Report of the Indian Hemp Drugs Commission, 1894-1895 - Volume V
Year: 1894
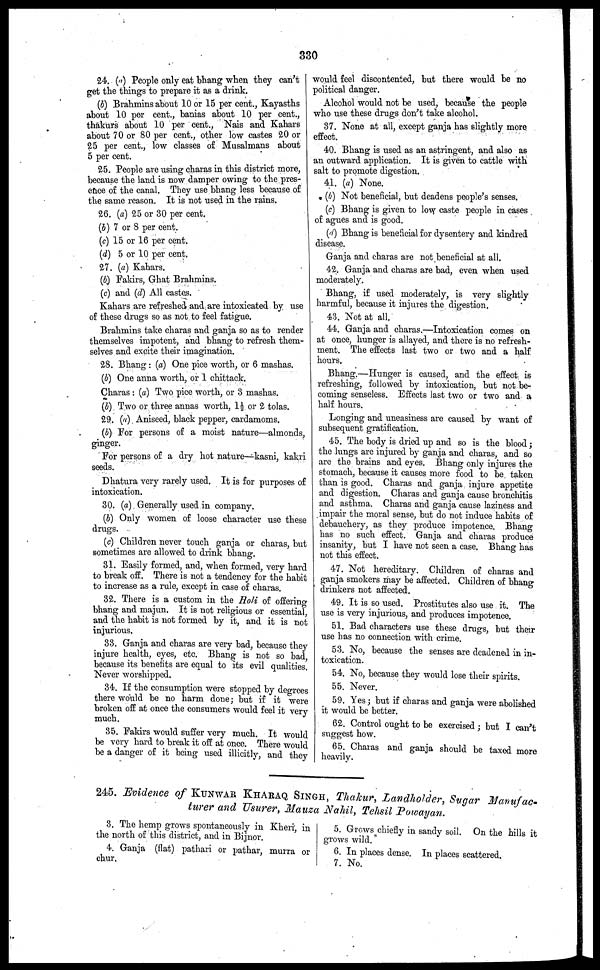
330
24. (a) People only eat bhang when they can't
get the things to prepare it as a drink.
(b) Brahmins about 10 or 15 per cent., Kayasths
about 10 per cent., banias about 10 per cent.,
thakurs about 10 per cent., Nais and Kahars
about 70 or 80 per cent., other low castes 20 or
25 per cent., low classes of Musalmans about
5 per cent.
25. People are using charas in this district more,
because the land is now damper owing to the pres-
ence of the canal. They use bhang less because of
the same reason. It is not used in the rains.
26. (a) 25 or 30 per cent.
(b) 7 or 8 per cent.
(c) 15 or 16 per cent.
(d) 5 or 10 per cent.
27. (a) Kahars.
(b) Fakirs, Ghat Brahmins.
(c) and (d) All castes.
Kahars are refreshed and are intoxicated by use
of these drugs so as not to feel fatigue.
Brahmins take charas and ganja so as to render
themselves impotent, and bhang to refresh them-
selves and excite their imagination.
28. Bhang: (a) One pice worth, or 6 mashas.
(b) One anna worth, or 1 chittack.
Charas: (a) Two pice worth, or 3 mashas.
(b) Two or three annas worth, 1½ or 2 tolas.
29. (a) Aniseed, black pepper, cardamoms.
(b) For persons of a moist nature—almonds,
ginger.
For persons of a dry hot nature—kasni, kakri
seeds.
Dhatura very rarely used. It is for purposes of
intoxication.
30. (a) Generally used in company.
(b) Only women of loose character use these
drugs.
(c) Children never touch ganja or charas, but
sometimes are allowed to drink bhang.
31. Easily formed, and, when formed, very hard
to break off. There is not a tendency for the habit
to increase as a rule, except in case of charas.
32. There is a custom in the Holi of offering
bhang and majun. It is not religious or essential,
and the habit is not formed by it, and it is not
injurious.
33. Ganja and charas are very bad, because they
injure health, eyes, etc. Bhang is not so bad,
because its benefits are equal to its evil qualities.
Never worshipped.
34. If the consumption were stopped by degrees
there would be no harm done; but if it were
broken off at once the consumers would feel it very
much.
35. Fakirs would suffer very much. It would
be very hard to break it off at once. There would
be a danger of it being used illicitly, and they
would feel discontented, but there would be no
political danger.
Alcohol would not be used, because the people
who use these drugs don't take alcohol.
37. None at all, except ganja has slightly more
effect.
40. Bhang is used as an astringent, and also as
an outward application. It is given to cattle with
salt to promote digestion.
41. (a) None.
(b) Not beneficial, but deadens people's senses.
(c) Bhang is given to low caste people in cases
of agues and is good.
(d) Bhang is beneficial for dysentery and kindred
disease.
Ganja and charas are not beneficial at all.
42. Ganja and charas are bad, even when used
moderately.
Bhang, if used moderately, is very slightly
harmful, because it injures the digestion.
43. Not at all.
44. Ganja and charas.—Intoxication comes on
at once, hunger is allayed, and there is no refresh-
ment. The effects last two or two and a half
hours.
Bhang.—Hunger is caused, and the effect is
refreshing, followed by intoxication, but not be-
coming senseless. Effects last two or two and a
half hours.
Longing and uneasiness are caused by want of
subsequent gratification.
45. The body is dried up and so is the blood;
the lungs are injured by ganja and charas, and so
are the brains and eyes. Bhang only injures the
stomach, because it causes more food to be taken
than is good. Charas and ganja injure appetite
and digestion. Charas and ganja cause bronchitis
and asthma. Charas and ganja cause laziness and
impair the moral sense, but do not induce habits of
debauchery, as they produce impotence. Bhang
has no such effect. Ganja and charas produce
insanity, but I have not seen a case. Bhang has
not this effect.
47. Not hereditary. Children of charas and
ganja smokers may be affected. Children of bhang
drinkers not affected.
49. It is so used. Prostitutes also use it. The
use is very injurious, and produces impotence.
51. Bad characters use these drugs, but their
use has no connection with crime.
53. No, because the senses are deadened in in-
toxication.
54. No, because they would lose their spirits.
55. Never.
59. Yes; but if charas and ganja were abolished
it would be better.
62. Control ought to be exercised; but I can't
suggest how.
65. Charas and ganja should be taxed more
heavily.
245. Evidence of KUNWAR KHARAQ SINGH, Thakur, Landholder, Sugar Manufac-
turer and Usurer, Mauza Nahil, Tchsil Powayan.
3. The hemp grows spontaneously in Kheri, in
the north of this district, and in Bijnor.
4. Ganja (flat) pathari or pathar, murra or
chur.
5. Grows chiefly in sandy soil. On the hills it
grows wild.
6. In places dense. In places scattered.
7. No.